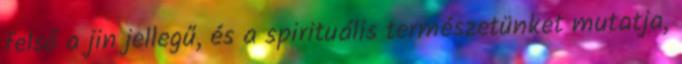
felső a jin jellegű, és a spirituális természetünket mutatja,